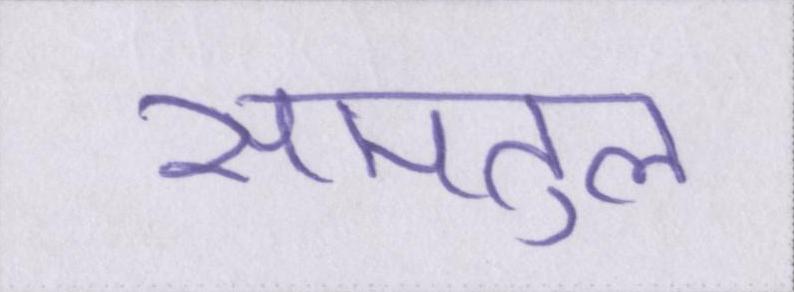
समतुल